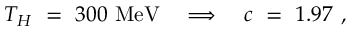
T _ { H } ~ = ~ 3 0 0 ~ \mathrm { M e V } ~ ~ ~ \Longrightarrow ~ ~ ~ c ~ = ~ 1 . 9 7 ~ ,